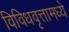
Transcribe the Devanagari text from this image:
विविधवृत्तामध्ये